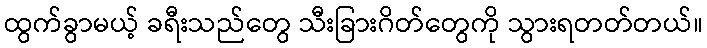
ထွက်ခွာမယ့် ခရီးသည်တွေ သီးခြားဂိတ်တွေကို သွားရတတ်တယ်။